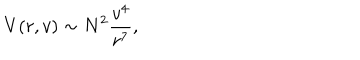
LaTeX: V ( r , v ) \sim N ^ { 2 } \frac { v ^ { 4 } } { r ^ { 7 } } ,